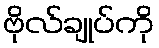
ဗိုလ်ချုပ်ကို